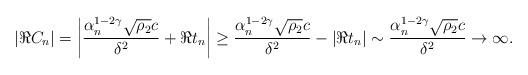
LaTeX: \begin{align*}|\Re C_n| = \bigg|\frac{\alpha_n^{1-2\gamma}\sqrt{\rho_2}c}{\delta^2} +\Re t_n\bigg|\geq \frac{\alpha_n^{1-2\gamma}\sqrt{\rho_2}c}{\delta^2}-| \Re t_n|\sim \frac{\alpha_n^{1-2\gamma}\sqrt{\rho_2}c}{\delta^2} \to \infty.\end{align*}